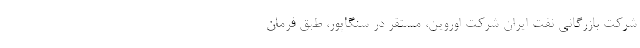
شرکت بازرگانی نفت ایران شرکت اوروین، مستقر در سنگاپور، طبق فرمان